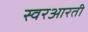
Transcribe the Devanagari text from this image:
स्वरआरती